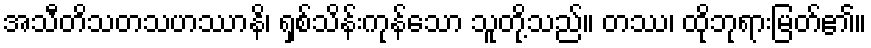
အသီတိသတသဟဿာနိ၊ ရှစ်သိန်းကုန်သော သူတို့သည်။ တဿ၊ ထိုဘုရားမြတ်၏။